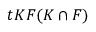
t K F ( K \cap F )